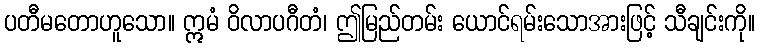
ပတီမတောဟူသော။ ဣမံ ဝိလာပဂီတံ၊ ဤမြည်တမ်း ယောင်ရမ်းသောအားဖြင့် သီချင်းကို။